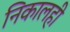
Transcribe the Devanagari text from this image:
निकालही